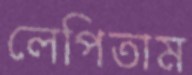
লেপিতাম